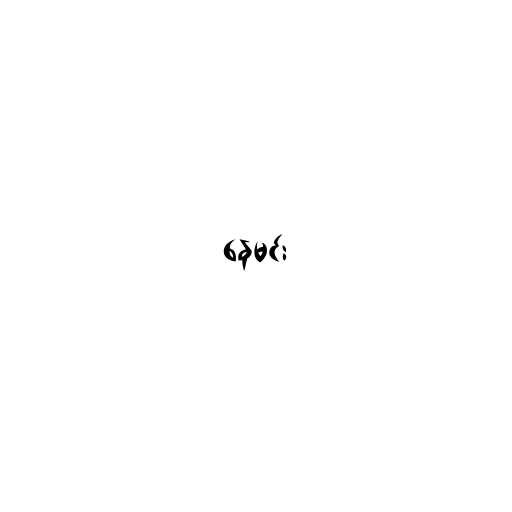
နေမင်း